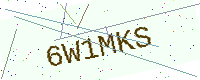
Text: 6W1MKS